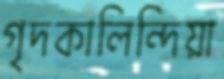
গৃদকালিন্দিয়া